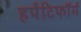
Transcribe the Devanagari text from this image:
हर्पेटिफॉर्म